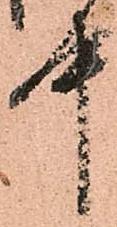
中